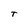
Character: t